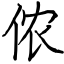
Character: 侬